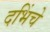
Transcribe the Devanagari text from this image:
दभिंचे